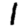
Digit: 1